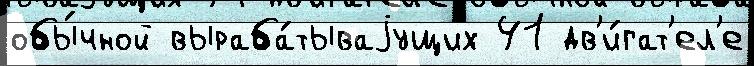
обы́чной выраба́тываjущих 41 дв'и́гат'ел'е